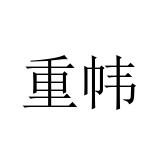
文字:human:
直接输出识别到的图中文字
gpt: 重帏